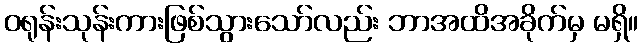
ဝရုန်းသုန်းကားဖြစ်သွားသော်လည်း ဘာအထိအခိုက်မှ မရှိ။